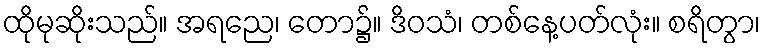
ထိုမုဆိုးသည်။ အရညေ၊ တော၌။ ဒိဝသံ၊ တစ်နေ့ပတ်လုံး။ စရိတွာ၊